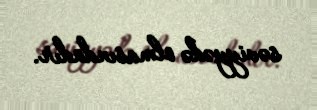
səviyyədə olmasındadır.